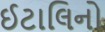
ઈટાલિનો